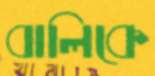
বালিকে